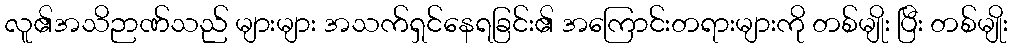
လူ၏အသိဉာဏ်သည် များများ အသက်ရှင်နေရခြင်း၏ အကြောင်းတရားများကို တစ်မျိုး ပြီး တစ်မျိုး